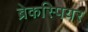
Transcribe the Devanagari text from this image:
ब्रेकस्पियर